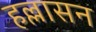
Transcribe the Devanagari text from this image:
हल्लासन